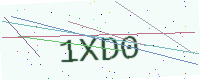
Text: 1XD0